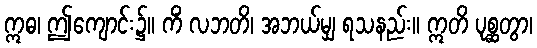
ဣဓ၊ ဤကျောင်း၌။ ကိံ လဘတိ၊ အဘယ်မျှ ရသနည်း။ ဣတိ ပုစ္ဆတွာ၊